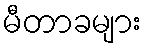
မီတာခများ